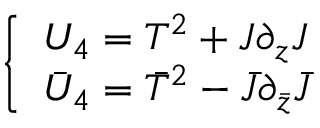
\left\{ \begin{array} { l } { { U _ { 4 } = T ^ { 2 } + J \partial _ { z } J } } \\ { { \bar { U } _ { 4 } = \bar { T } ^ { 2 } - \bar { J } \partial _ { \bar { z } } \bar { J } } } \end{array} \right.